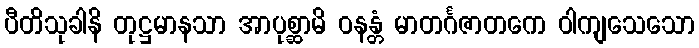
ပီတိသုခါနိ တုဋ္ဌမာနသာ အာပုစ္ဆာမိ ဝနန္တံ မာတင်္ဂဇာတကေ ဝါကျသေသော